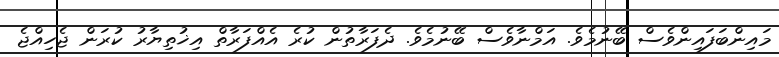
މައިންބަފައިންވެސް ބޭނުމެވެ. އަމްނާވެސް ބޭނުމެވެ. ދެފަރާތުން ކުރެ އެއްފަރާތް އިޚުތިޔާރު ކުރަން ޖެހިއްޖެ